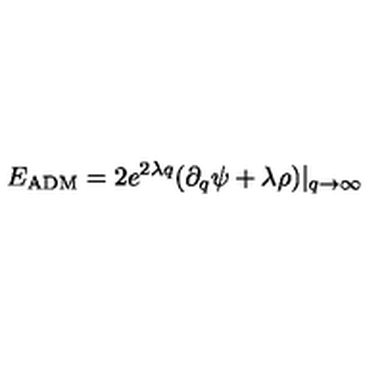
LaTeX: E _ { \mathrm { A D M } } = 2 e ^ { 2 \lambda q } ( \partial _ { q } \psi + \lambda \rho ) | _ { q \to \infty }